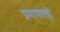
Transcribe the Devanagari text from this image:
प्रमाणातही